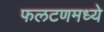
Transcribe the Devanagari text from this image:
फलटणमध्ये